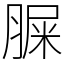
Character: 䐖